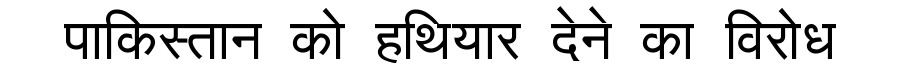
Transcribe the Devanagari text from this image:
पाकिस्तान को हथियार देने का विरोध